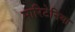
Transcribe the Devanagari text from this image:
मारिटेनिया